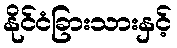
နိုင်ငံခြားသားနှင့်